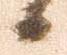
候